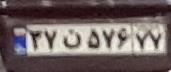
۳۷ن۵۷۶۷۷